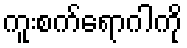
ကူးစက်ရောဂါကို